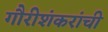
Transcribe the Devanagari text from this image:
गौरीशंकरांची